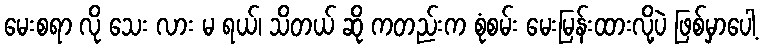
မေးစရာ လို သေး လား မ ရယ်၊ သိတယ် ဆို ကတည်းက စုံစမ်း မေးမြန်းထားလို့ပဲ ဖြစ်မှာပေါ့